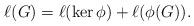
LaTeX: \begin{align*}\ell(G)=\ell(\ker\phi)+\ell(\phi(G)).\end{align*}